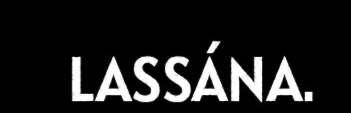
LASSÁNA.